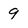
Character: 9